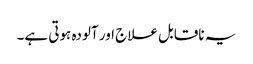
یہ ناقابل علاج اور آلودہ ہوتی ہے۔